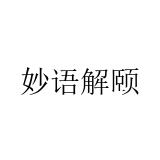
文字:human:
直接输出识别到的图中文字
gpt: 妙语解颐